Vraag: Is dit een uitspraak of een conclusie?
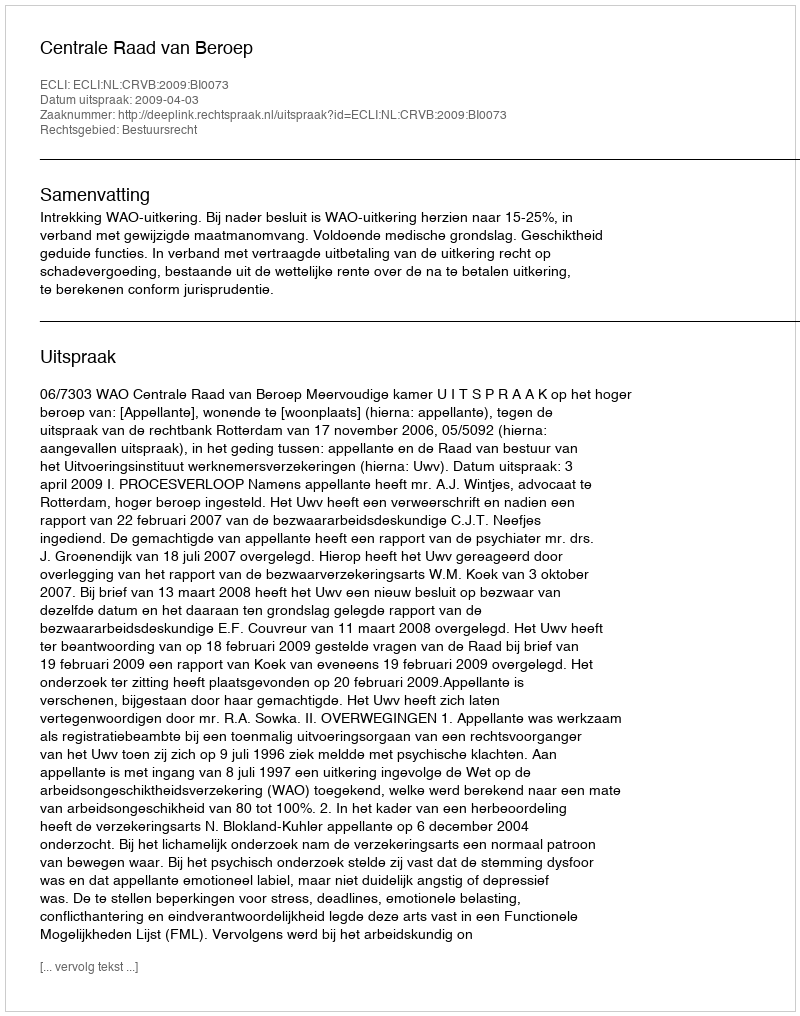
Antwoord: Uitspraak